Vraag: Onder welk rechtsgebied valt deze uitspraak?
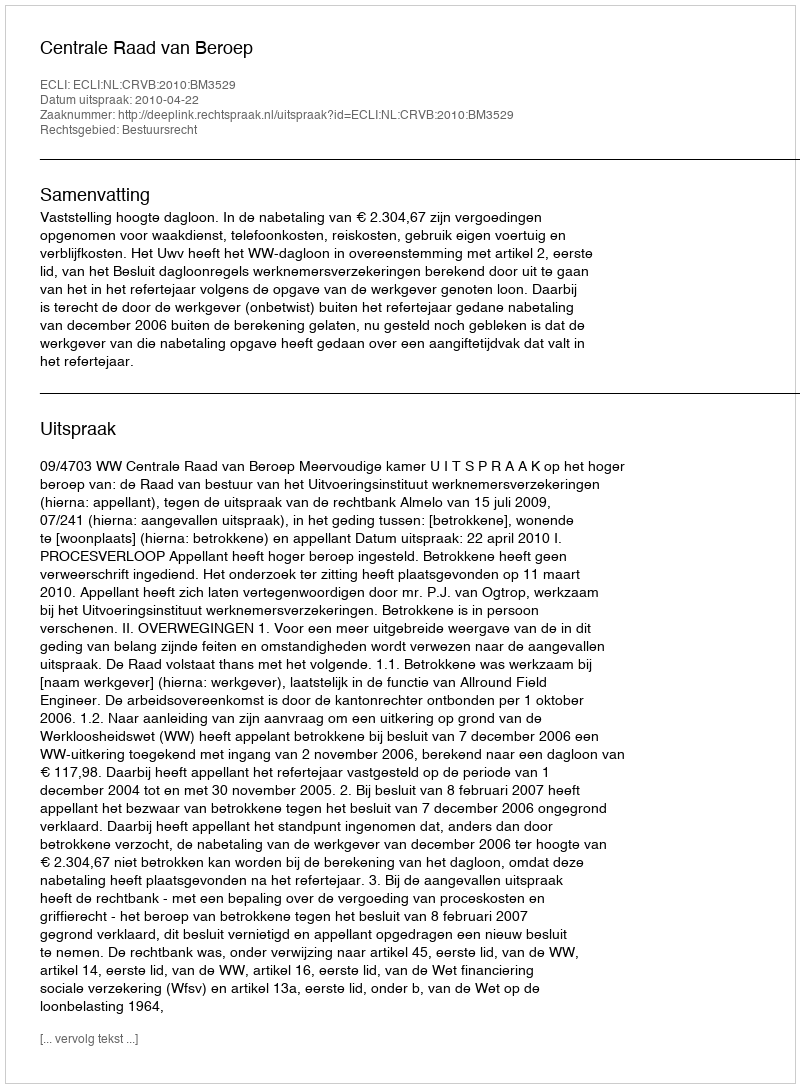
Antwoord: Bestuursrecht